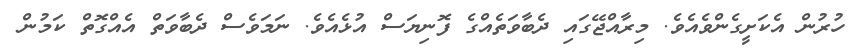
ހުރުން އެކަށީގެންވެއެވެ. މިރާއްޖޭގަައި ދެބާވަތެއްގެ ފޮނިޔަސް އުޅެއެވެ. ނަމަވެސް ދެބާވަތް އެއްގޮތް ކަމުން